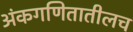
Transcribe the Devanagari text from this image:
अंकगणितातीलच